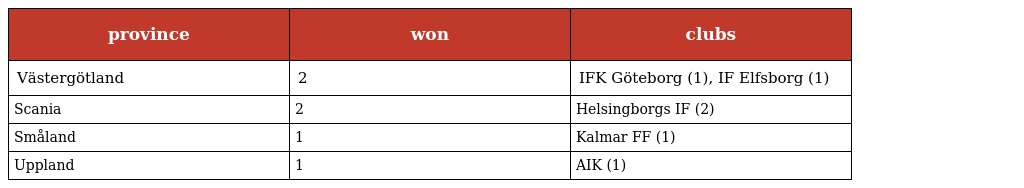
| province | won | clubs |
 | --- | --- | --- |
 | Västergötland | 2 | IFK Göteborg (1), IF Elfsborg (1) |
 | Scania | 2 | Helsingborgs IF (2) |
 | Småland | 1 | Kalmar FF (1) |
 | Uppland | 1 | AIK (1) |